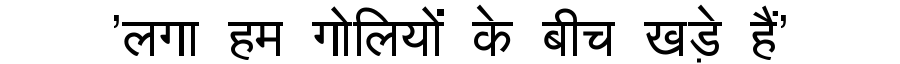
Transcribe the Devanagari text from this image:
'लगा हम गोलियों के बीच खड़े हैं'